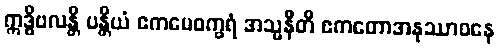
ဣဒ္ဓိဗလန္တိ ပန္တိယံ ဧကမေဝက္ခရံ အသ္မနီတိ ဧကတောအနုဿာဝနေ